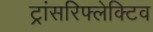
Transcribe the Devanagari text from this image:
ट्रांसरिफ्लेक्टिव